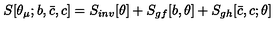
S [ \theta _ { \mu } ; b , { \bar { c } } , c ] = S _ { i n v } [ \theta ] + S _ { g f } [ b , \theta ] + S _ { g h } [ { \bar { c } } , c ; \theta ]